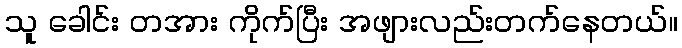
သူ ခေါင်း တအား ကိုက်ပြီး အဖျားလည်းတက်နေတယ်။